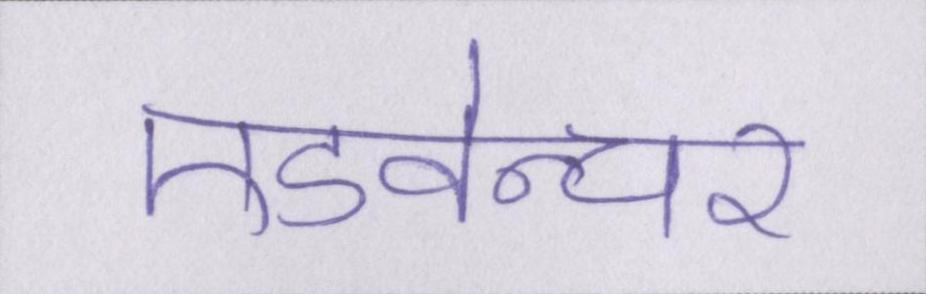
एडवेन्चर